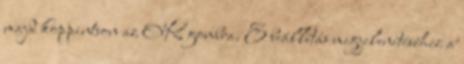
majd koppintson az OK gombra. E beállítás megjelenítéséhez a